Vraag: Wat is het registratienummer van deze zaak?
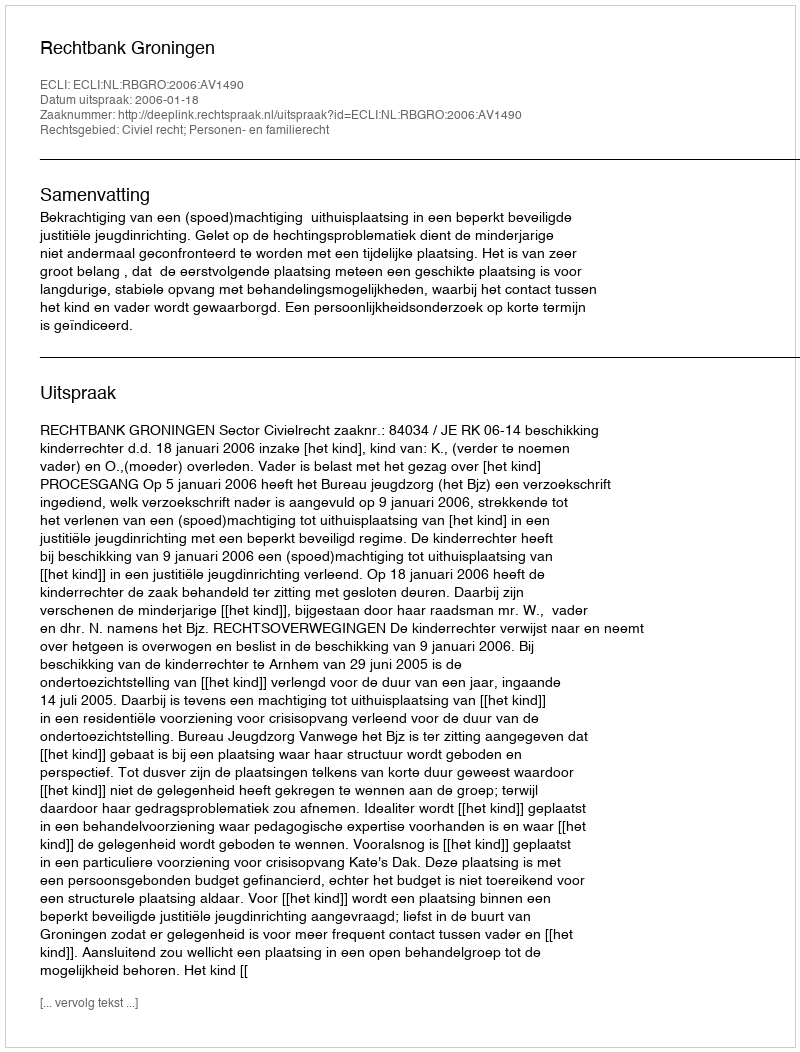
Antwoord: http://deeplink.rechtspraak.nl/uitspraak?id=ECLI:NL:RBGRO:2006:AV1490